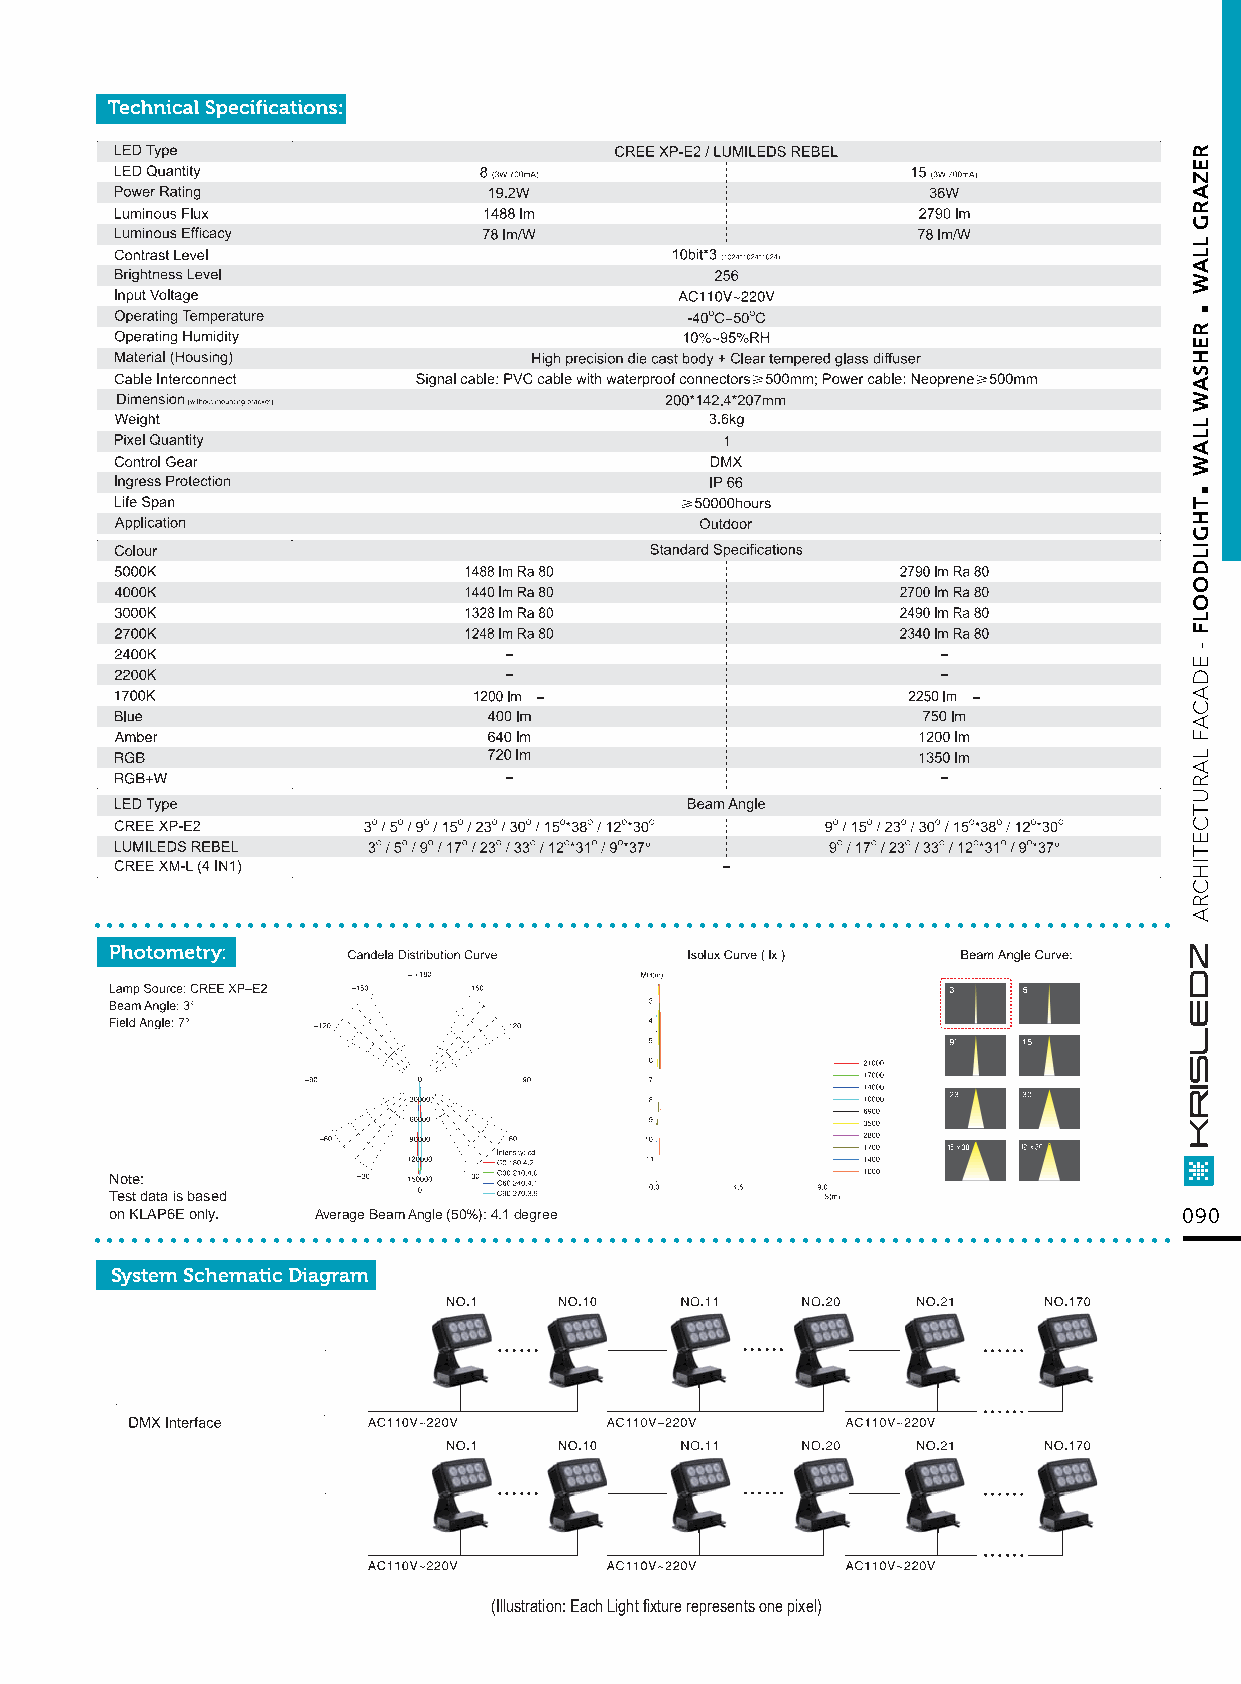
....................................................................................
 Note:
 Test data is based
 ..o.n K.L.A.P6.E. o.nl.y. . .......Av.e.ra.ge. B.ea.m. A.ng.le. (5.0.%.): .4.1. d.eg.re.e................................................ 090
 System Schematic Diagram
 (Illustration: Each Light fixture represents one pixel)
 .
 .
 REZARG
 LLAW
 REHSAW
 LLAW
 THGILDOOLF
 -
 EDACAF
 LARUTCETIHCRA